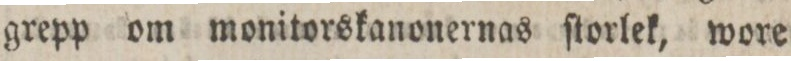
grepp om monitorskanonernas ſtorlek, wore